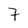
Character: 7